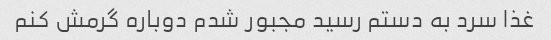
غذا سرد به دستم رسید مجبور شدم دوباره گرمش کنم